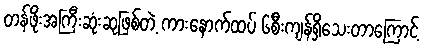
တန်ဖိုးအကြီးဆုံးဆုဖြစ်တဲ့ ကားနောက်ထပ် ၆စီးကျန်ရှိသေးတာကြောင့်